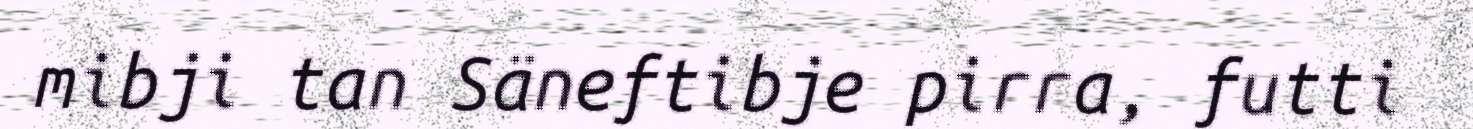
mibji tan Säneftibje pirra, futti